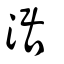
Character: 涺